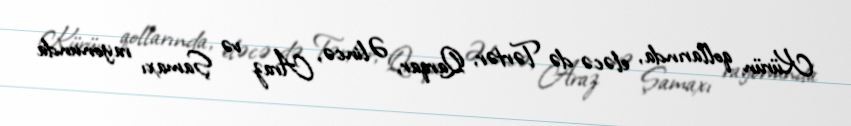
Kürün qollarında, eləcə də Tərtər, Qarqar, Əlincə, Araz və Şamaxı rayonunda